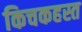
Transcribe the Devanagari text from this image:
किचकहस्त